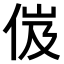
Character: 𠈶